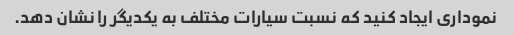
نموداری ایجاد کنید که نسبت سیارات مختلف به یکدیگر را نشان دهد.